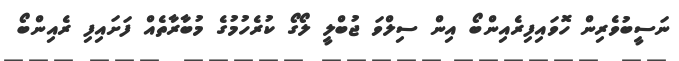
ނަސީބުވެރިން ހޮވައިފިރެއިންބޯ އިން ސިލްވަ ޖުބްލީ ލޯގޯ ކުރެހުމުގެ މުބާރާތެއް ފަށައިފި ރެއިންބޯ